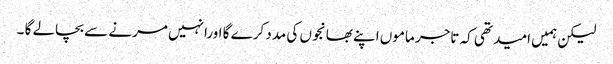
لیکن ہمیں امید تھی کہ تاجر ماموں اپنے بھانجوں کی مدد کرے گا اورانہیں مرنے سے بچالے گا ۔